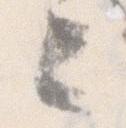
々